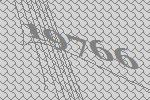
19766